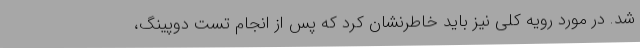
شد. در مورد رویه کلی نیز باید خاطرنشان کرد که پس از انجام تست دوپینگ،